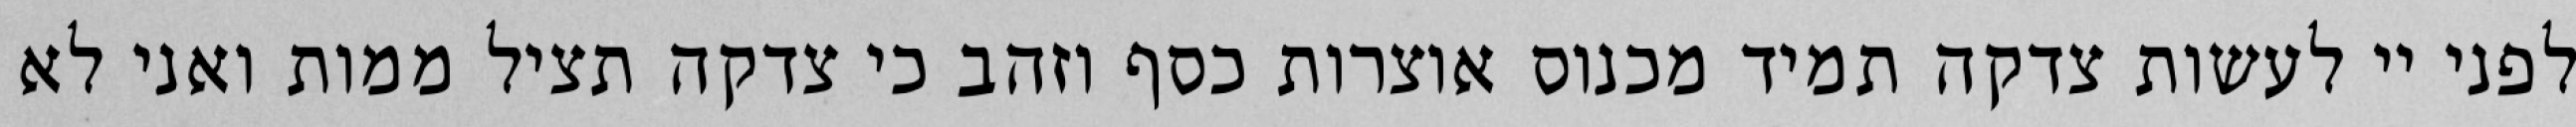
לפני יי לעשות צדקה תמיד מכנוס אוצרות כסף וזהב כי צדקה תציל ממות ואני לא